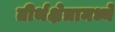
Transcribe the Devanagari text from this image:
तीर्थक्षेत्रामध्ये